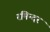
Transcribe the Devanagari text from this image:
रमिन्दर